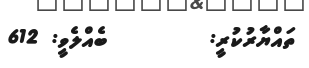
ތައްޔާރުކުރީ:        ބެއްލެވީ: 612